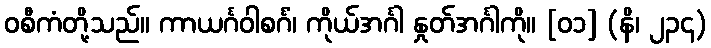
ဝစီကံတို့သည်။ ကာယင်္ဂဝါစင်္ဂံ၊ ကိုယ်အင်္ဂါ နှုတ်အင်္ဂါကို။ [၀၁] (နိ၊ ၂၃၄)